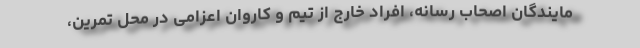
مایندگان اصحاب رسانه، افراد خارج از تیم و کاروان اعزامی در محل تمرین،